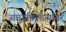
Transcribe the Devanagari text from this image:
समुद्रकिनाऱ्यांवर